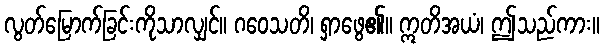
လွတ်မြောက်ခြင်းကိုသာလျှင်။ ဂဝေသတိ၊ ရှာဖွေ၏။ ဣတိအယံ၊ ဤသည်ကား။